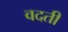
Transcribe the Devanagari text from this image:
वदती